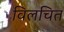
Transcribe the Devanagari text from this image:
विलचित